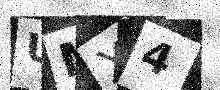
Text: UMX4